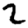
Digit: 2